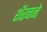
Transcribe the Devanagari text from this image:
शॅरनने